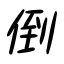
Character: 倒